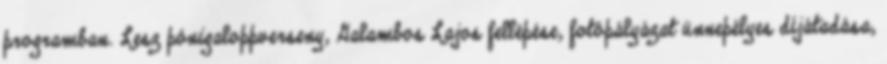
programban. Lesz pónigaloppverseny, Galambos Lajos fellépése, fotópályázat ünnepélyes díjátadása,